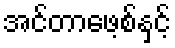
အင်တာဖေ့စ်နှင့်